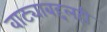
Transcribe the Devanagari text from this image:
वाट्याबद्दलही